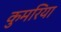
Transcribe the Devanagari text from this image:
कुमरिया